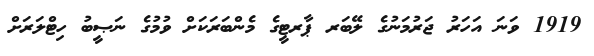
1919 ވަނަ އަހަރު ޖަރުމަނުގެ ލޭބަރ ޕާރޓީގެ މެންބަރަކަށް ވުމުގެ ނަޞީބު ހިޓްލަރަށް